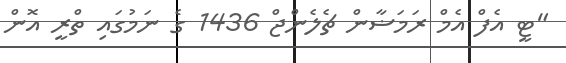
"ޓީ އެފް އެމް ރަމަޟާން ޗެލެންޖް 1436 ގެ ނަމުގައި ތްރީ އޮން